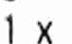
1 X